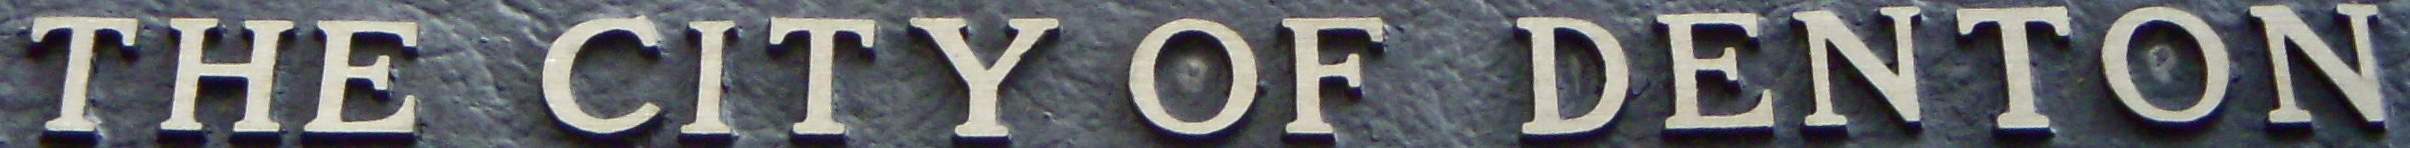
THE CITY OF DENTON